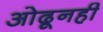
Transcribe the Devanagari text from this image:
ओढूनही